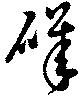
磯